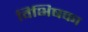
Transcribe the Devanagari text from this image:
विभिषका